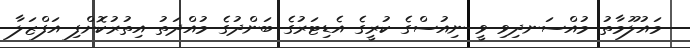
މައުލޫމާތު މުއްސަނދިވި ވީ ނިއުސްގެ ކުރީގެ އެޑިޓަރުގެ ބަންދުގެ މުއްދަތު އިތުރުކޮށްފި އަފްޒަލާ